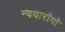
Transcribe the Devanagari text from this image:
न्यवारोंगो